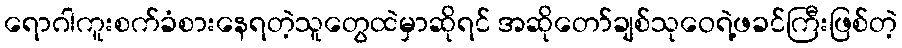
ရောဂါကူးစက်ခံစားနေရတဲ့သူတွေထဲမှာဆိုရင် အဆိုတော်ချစ်သုဝေရဲ့ဖခင်ကြီးဖြစ်တဲ့